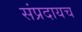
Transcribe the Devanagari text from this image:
संप्रदायच